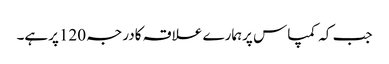
جب کہ کمپاس پرہمارے علاقہ کادرجہ 120پرہے۔